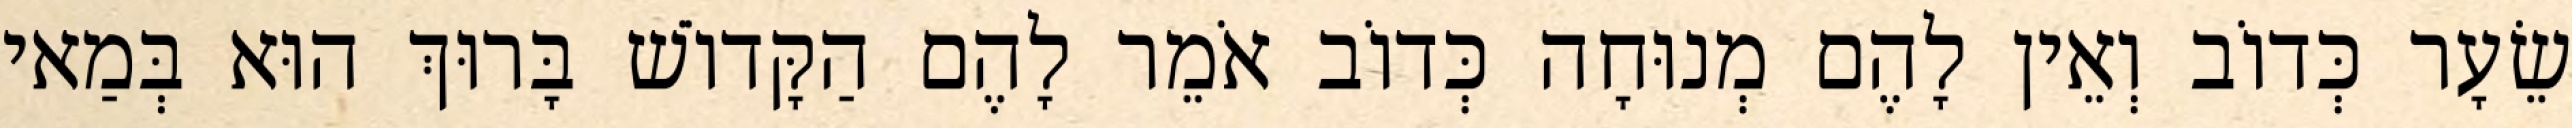
שֵׂעָר כְּדוֹב וְאֵין לָהֶם מְנוּחָה כְּדוֹב אֹמֵר לָהֶם הַקָּדוֹשׁ בָּרוּךְ הוּא בְּמַאי